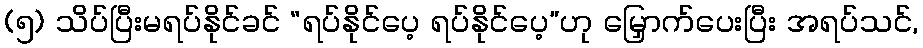
(၅) သိပ်ပြီးမရပ်နိုင်ခင် “ရပ်နိုင်ပေ့ ရပ်နိုင်ပေ့”ဟု မြှောက်ပေးပြီး အရပ်သင်,